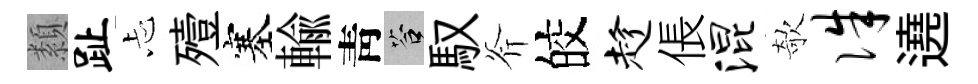
纇趾忐殪塞輸靑答馭斧皎趁倀混欹侏遶